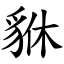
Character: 貅